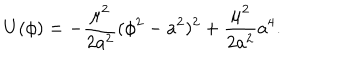
LaTeX: U ( \phi ) = - \frac { \mu ^ { 2 } } { 2 a ^ { 2 } } ( \phi ^ { 2 } - a ^ { 2 } ) ^ { 2 } + \frac { \mu ^ { 2 } } { 2 a ^ { 2 } } a ^ { 4 } .